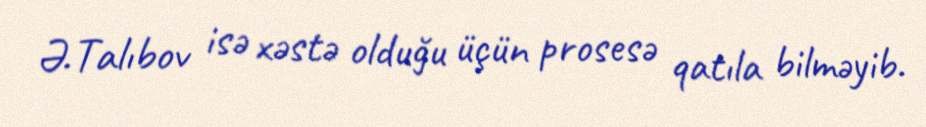
Ə.Talıbov isə xəstə olduğu üçün prosesə qatıla bilməyib.